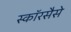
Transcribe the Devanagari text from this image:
स्कॉरसैसे